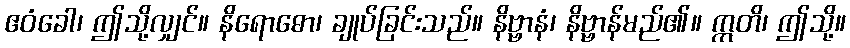
ဧဝံခေါ၊ ဤသို့လျှင်။ နိရောဓော၊ ချုပ်ခြင်းသည်။ နိဗ္ဗာနံ၊ နိဗ္ဗာန်မည်၏။ ဣတိ၊ ဤသို့။